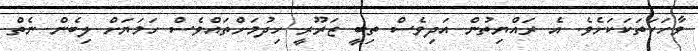
ވާހަކަތަކަކަށެވެ. އެ ރައްޔިތުން އަދިވެސް ތިބީ ޒަރޫރީ ހިދުމަށްތައްވެސް ހަމަޔަށް ލިބެން ނެތް